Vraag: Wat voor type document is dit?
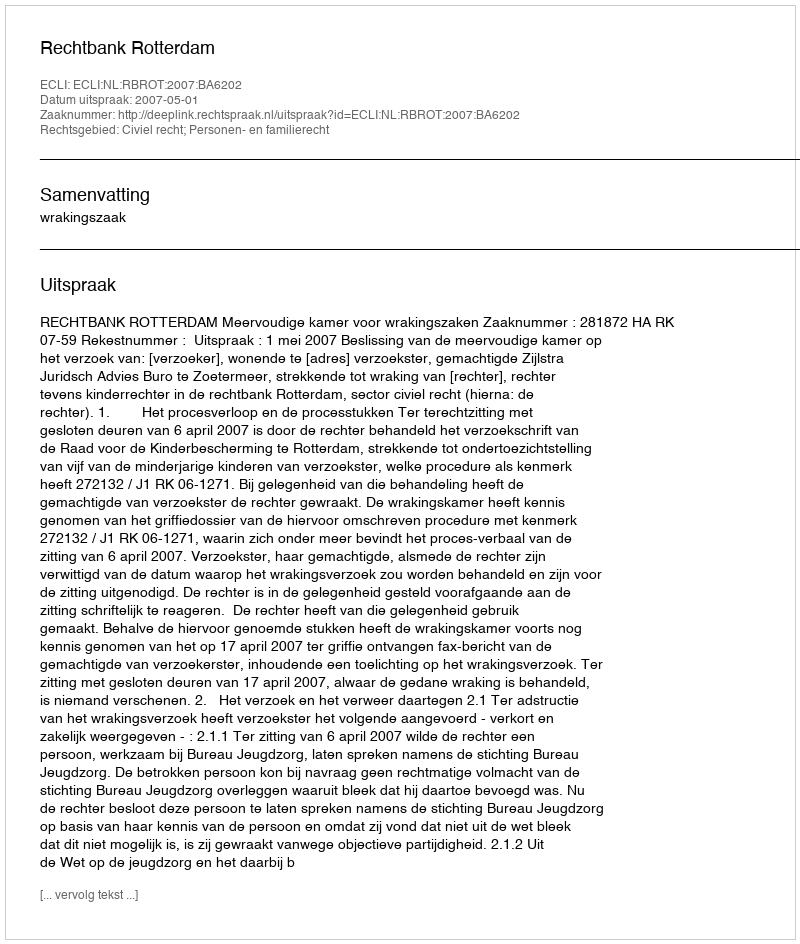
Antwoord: Uitspraak